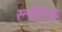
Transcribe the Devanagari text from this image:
रूमैटिक